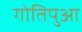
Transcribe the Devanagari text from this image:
गोतिपुआ